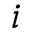
i